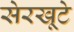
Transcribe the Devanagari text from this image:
सेरखूटे